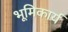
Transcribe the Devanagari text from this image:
भूमिकार्य